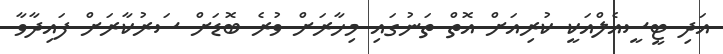
އަދި ޓީސީއެލްއަކީ ކުރިއަށް އޮތް ތަނުގައި މިހާރަށް ވުރެ ބޮޑަށް ސަރުކާރަށް ފައިދާވާ